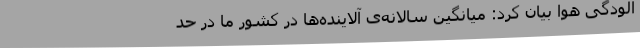
آلودگی هوا بیان کرد: میانگین سالانه‌ی آلاینده‌ها در کشور ما در حد